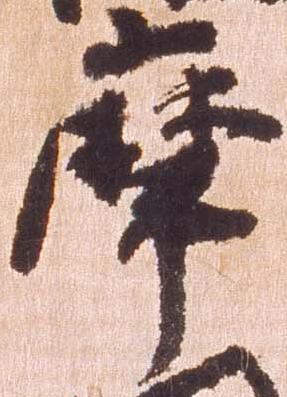
摩